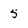
Character: 5